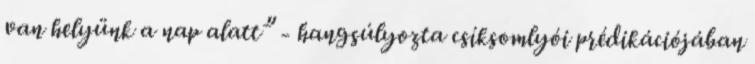
van helyünk a nap alatt” - hangsúlyozta csíksomlyói prédikációjában